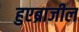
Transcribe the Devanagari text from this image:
हुएब्राजील